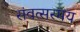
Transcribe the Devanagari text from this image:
संवत्सरमय